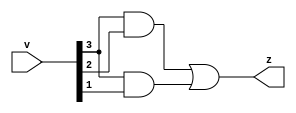
`timescale 1ns / 1ps
//////////////////////////////////////////////////////////////////////////////////
// Company: 
// Engineer: 
// 
// Design Name: 
// Module Name: comparator_dataflow
// Project Name: 
// Target Devices: 
// Tool Versions: 
// Description: 
// 
// Dependencies: 
// 
// Revision:
// Revision 0.01 - File Created
// Additional Comments:
// 
//////////////////////////////////////////////////////////////////////////////////


module comparator_dataflow(
    input [3:0] v,
    output z
    );
    
    
    assign z = (v[3]&&v[2])||(v[3]&&v[1]);
    
endmodule